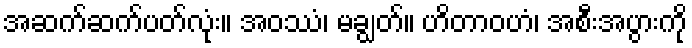
အဆက်ဆက်ပတ်လုံး။ အဝဿံ၊ မချွတ်။ ဟိတာဝဟံ၊ အစီးအပွားကို